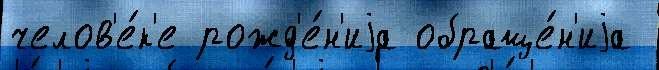
челов'е́к'е рожд'е́н'иjа обраще́н'иjа